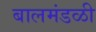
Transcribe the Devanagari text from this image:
बालमंडळी